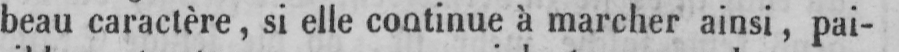
beau caractère, si elle continue à marcher ainsi, pai-